Vital statistics of India. Vol. V, Reports of 1876 on armies & jails and on epidemic cholera
Year: 1876
Disease focus: Cholera
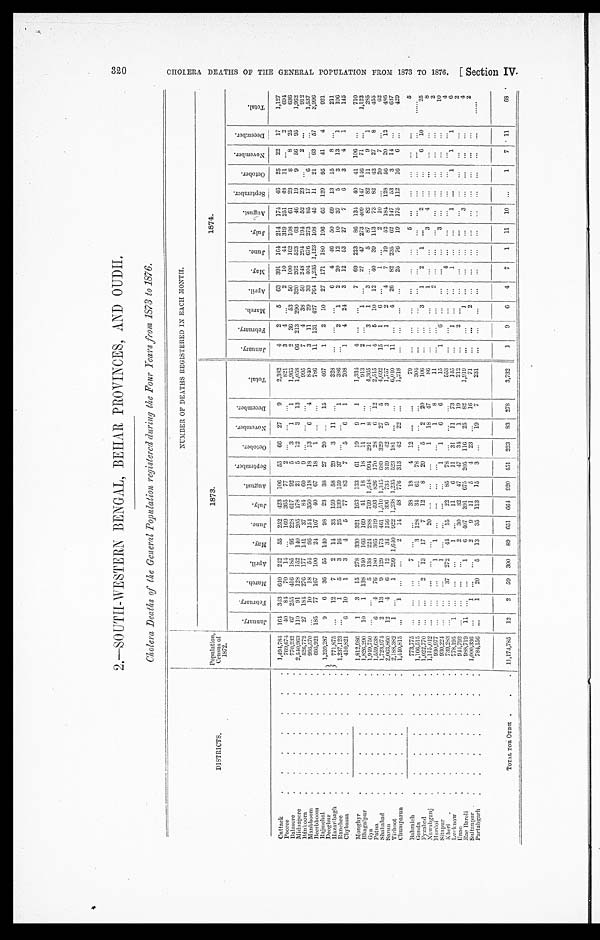
2.—SOUTH-WESTERN BENGAL, BEHAR PROVINCES , AND OUD
H.
Cholera Deaths of the General Population registered during the Four Years from 1873 to 1876.
N U M B E R O F D E A T H S R E G I S T E R E D I N E A C H M O N T H .
DISTRICTS.
Population,
Census of
1872.
1873.
1874.
J a n u a r y .
F e b r u a r y .
M a r c h . A p r i l .
M a y . J u n e .
J u l y . A u g u s t .
S e p t e m b e r .
O c t o b e r . N o v e m b e r
D e c e m b e r .
T o t a l .
J a n u a r y .
F e b r u a r y . M a r c h .
A p r i l . M a y .
J u n e .
J u l y .
A u g u s t .
S e p t e m b e r . O c t o b e r . N o v e m b e r . D e c e m b e r .
T o t a l .
Cuttack
1,494,784 164 343 640 242 55 252 423 106 55
6 6 27 9
2,382
4 2 5 63 391 164 214 174 46 25 22 17 1,127
Pooree
769,674 40 84 70 14
169 365 77 2
821
3 4
2 10 44 319 251 48 1 1
2
694
Balasore
770,232 67 255 416 185 95 228 617 92 5 3 1 1
1,965
2 36 53 50 100 162 108 61 23 8 8 25
636
M i d n a p o r e
2,540,963 110 91 128 152 140 205 178 21 5 12 3 13
1,058
66 213 290 320 262 523 63 46 19 9 5 6 9 5 1,962
B a n k o o r a 526,772 27 184 276 177 141 37 84 6 0 9
995
7 4 38 50 248 294 194 52 23
2
912
M a n b h o o m 995,570
10 18 54 95 154 350 118 18 13 6 4
840
3 11 29 33 404 676 273 85 17 6
1,537
Beerbhoom
695,921 185 77 167 100 24 107 40 6 7 18 1
786
11 131 427 764 1,235 1,123 108 45 11 21 63 57 3,996
Rajmehal
1,259,287 9 6 36 55 140 9 8 23 38 27 20
15
467
1 2 10 27 171 180 196
6 5 129 95 41 4
9 2 1
Deoghur
Hazaribagh
771,875
12 7 2 14 33 159 58 29 3 11
3 2 8
6 4
4 6 50 69 13 15 8
211
Ranchee
1,237,123
1 5 3 16 2 5 139 159 37
1
386
2 1 2 20 12 10 37 5 3 13 1
106
Chybassa
410,821 6 10 1 3 4 5 77 83 7 5 6 1
208
1 4
2 4 3 1 2
53 27 7 6 3
4 1
1 4 5
Monghyr
1,812,986 1 3 15 278 330 321 163 133 61 19 9 1
1,334
4
7 69 223
8 6 134 40 41 106
710
B h a g a l p u r 1,826,290 10 1 138 3 4 0 166 169 41 18 18 11 1
913
2
1
27 47 273 409 147 146 71
1,123
Gya
1,949,750
5 138 224 288 769 1,648 994 291 8
4,365
1 3 1 3
5 87 82 82 11 9 1
285
Patna
1,559,638 6 4 76 180 365 349 493 8 2 6 170 28 6 12
2,515
4 5 10 12 40 39 113 73 82 42 27 8
455
Shahabad
1,723,974 2 13 9 129 173 461 1,510 1,345 689 329 27 5
4,692
15 1 6
1
2
1 0
20 7
62
Sarun
2,063,860 12 4 6 12 34 156 396 734 349 42 9 3
1,757
1 1 2 4 7 19 52 184 128 56 20 12
486
T i r h o o t
2,188,382 1
1 299 1,640 922 1,238 1,235 523 181
6,040
11
4 26
8 2 235 62 147 53 3 14
637
Chumparun
1,440,815
1
2 14 48 776 313 4 2 22
1,218
25 76 19 175 112 16 6
429
Bahraich
773,775
7
38 18 4 12
79
5
5
Gonda
1,166,515
3 128 34 61 78
3 0 4
F y z a b a d 1,022,770
2 13 17 7 12 8 20 5 2 2 0
106
3 1 2 1
2
6 10
25
N a w a b g a n j
1,115,042
20
1 18 47
86
1
3 4
8
H a r d o i 930,977
1 1
1
8
1 1
2
2
1
6
3
10
Sitapur
930,224
1
1 1 6 6
K h e r i 739,283
3 7 272
4 4 15 22 85 78
5 5 3
4
4
L u c k n o w
778,195 1
1
11 6 11 3 1 1 1
7 3
1 4 5
1
1
1
1 1 1
6
u n a o 944,793
2 3 0 32 47 47 34 1 1 9
212
2
2
R a e B a r e l i
9 8 8 , 7 1 9 11
1 6 407 391 675 205 116 25 82
1,919
1
3
4
Sultanpur
1,000,336
1
2 9 11 5 4 23
16
71
2
2
P a r t a b g a r h
784,156
1 20 5 13 35 113 15 3
19 7
231
TOTAL FOR OUDH 11,174,785 12 2 59 300 89 6 5 1 664 920 451 223 83 278
3,732 1
9 6 4 7 1 11
1 0
1 7 1 1
6 8